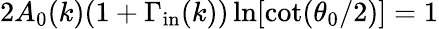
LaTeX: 2A_{0}(k)(1+\Gamma_{\mathrm{in}}(k))\ln[\cot(\theta_{0}/2)]=1